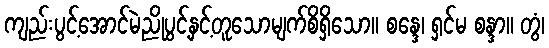
ကျည်းပွင့်အောင်မဲညိုပွင့်နှင့်တူသောမျက်စိရှိသော။ စန္ဒေ၊ ရှင်မ စန္ဒာ။ တွံ၊